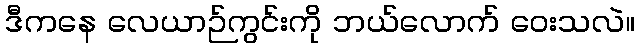
ဒီကနေ လေယာဉ်ကွင်းကို ဘယ်လောက် ဝေးသလဲ။